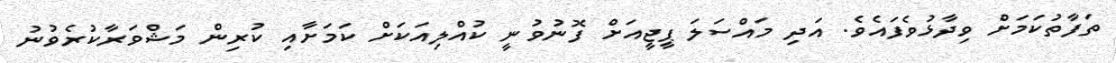
ތަފާތުކަމަށް ވިދާޅުވެފައެވެ. އަދި މައްސަލަ ޕީޖީއަށް ފޮނުވުނީ ކުއްލިއަކަށް ކަމަށާއި ކުރިން މަޝްވަރާކުރެވުނު